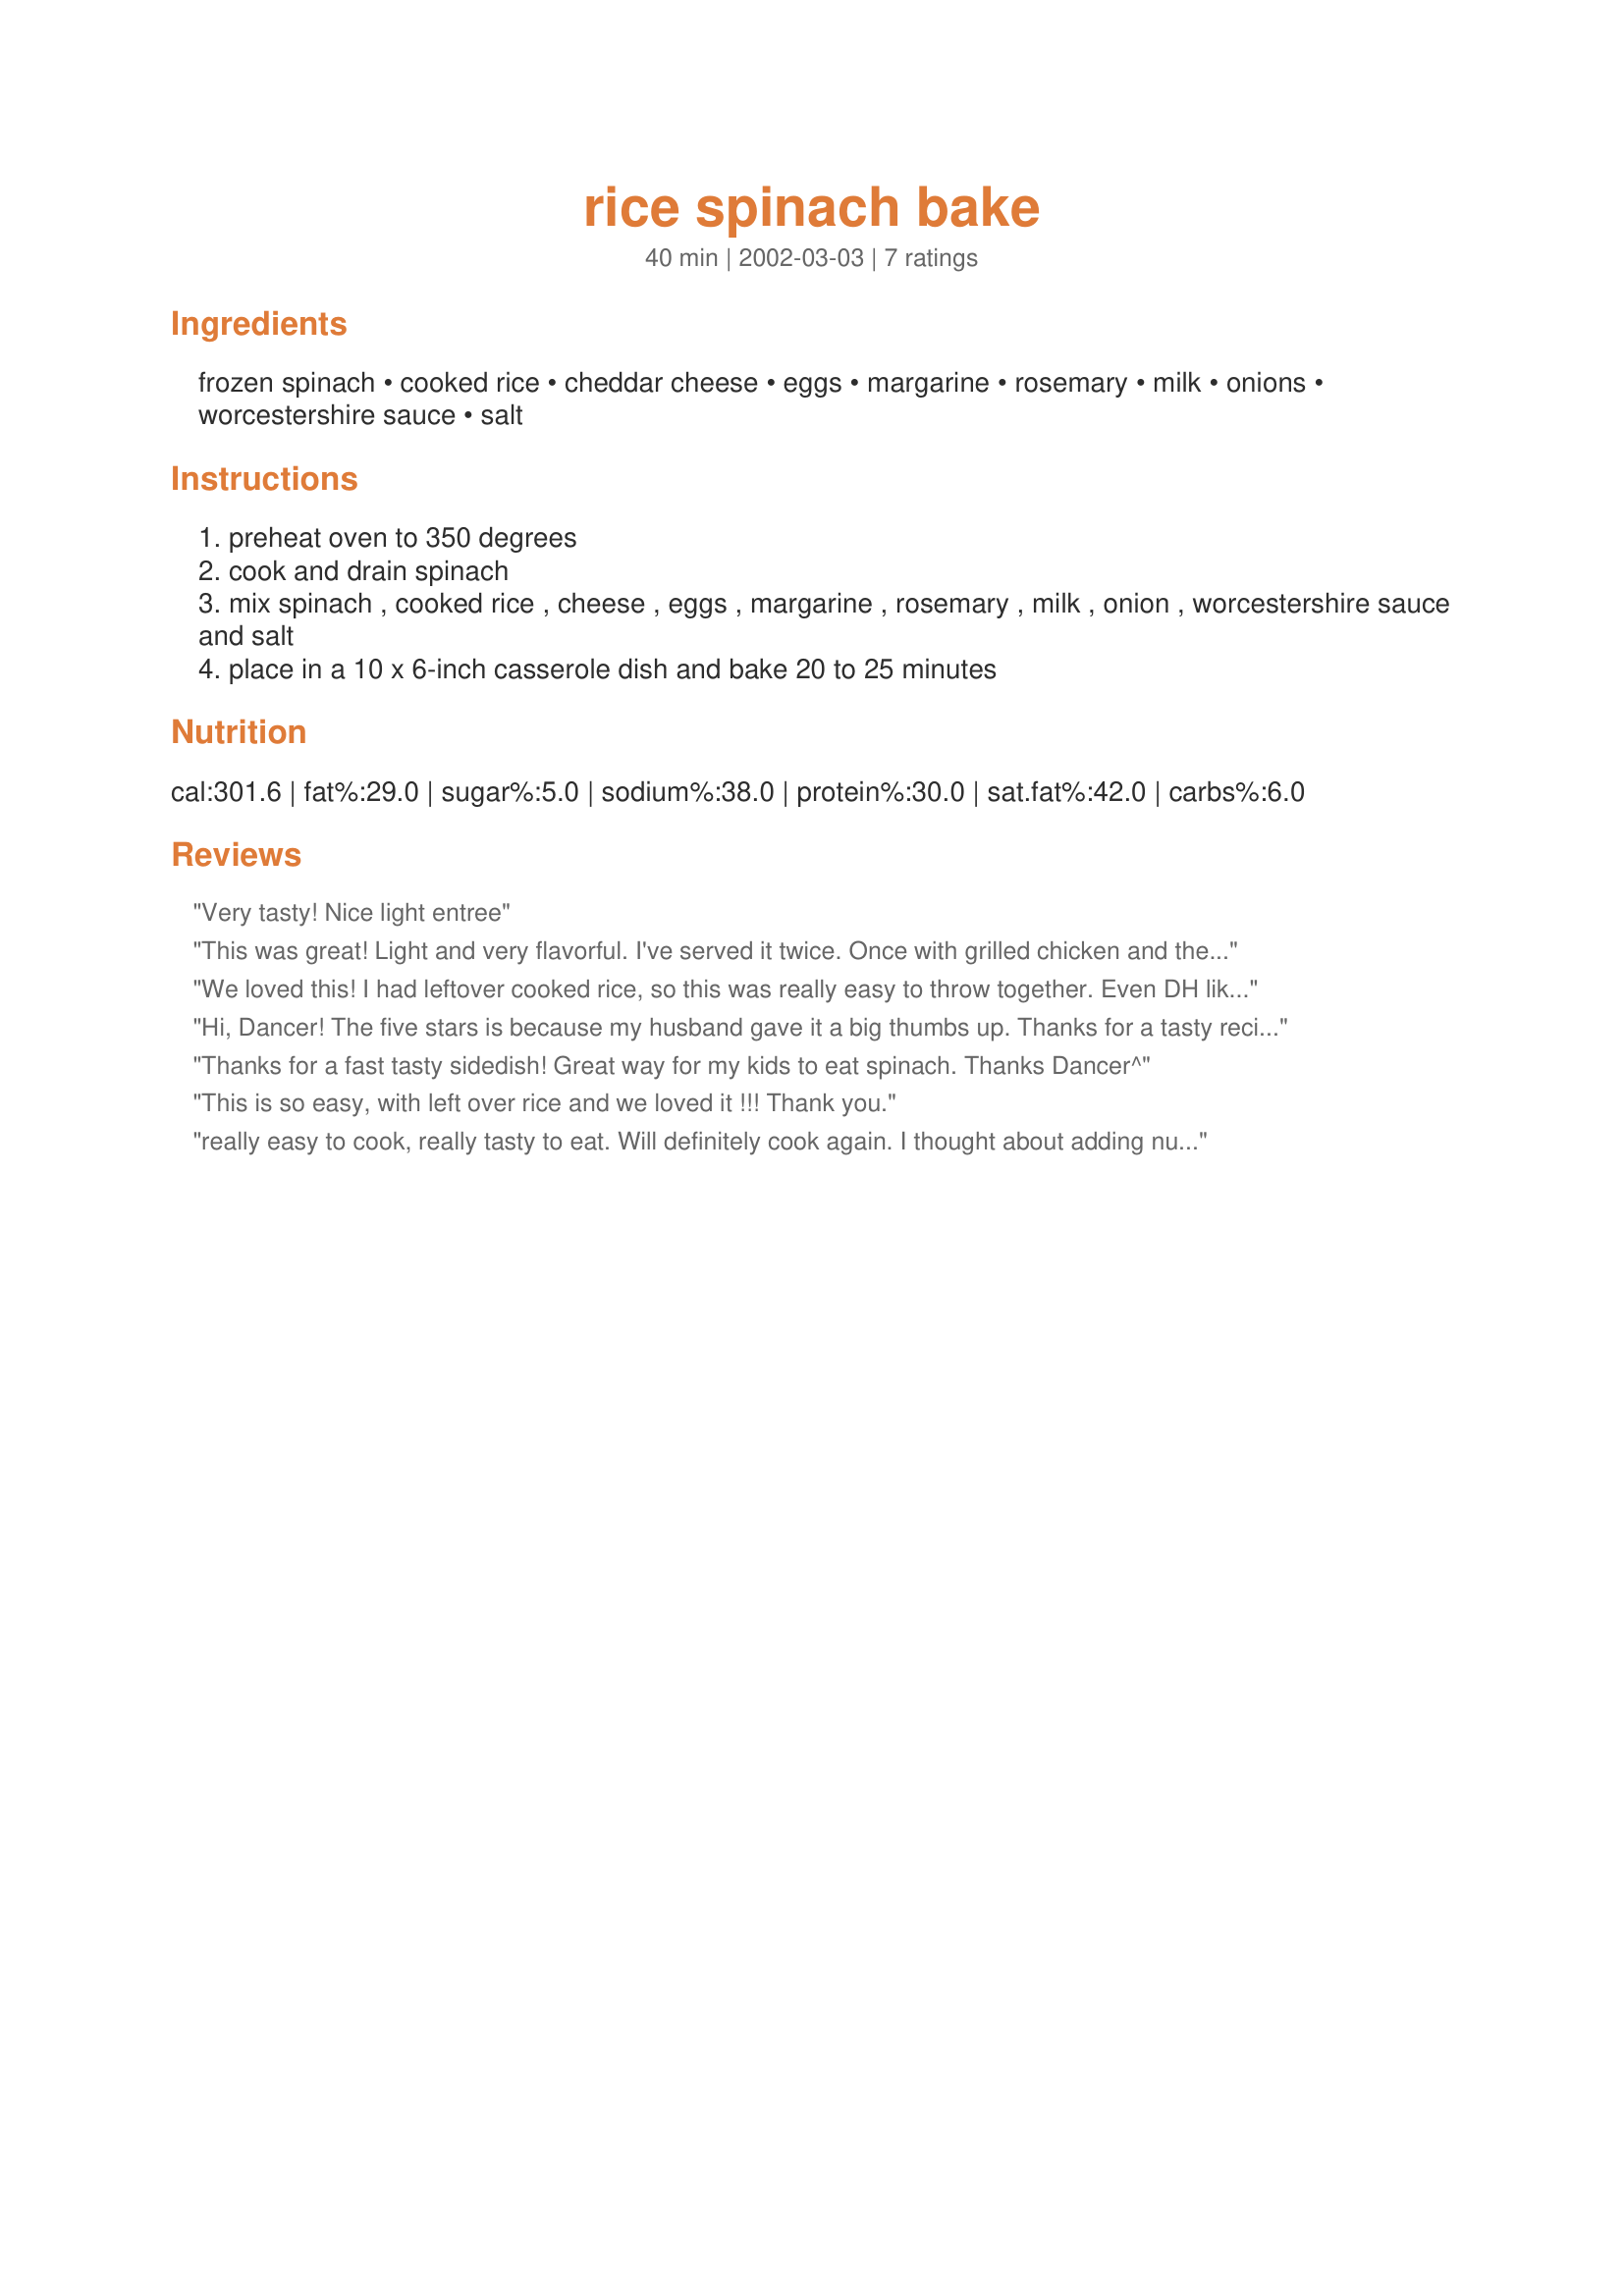
rice spinach bake
Preparation time: 40 minutes

Ingredients:
frozen spinach, cooked rice, cheddar cheese, eggs, margarine, rosemary, milk, onions, worcestershire sauce, salt

Steps:
preheat oven to 350 degrees
cook and drain spinach
mix spinach , cooked rice , cheese , eggs , margarine , rosemary , milk , onion , worcestershire sauce and salt
place in a 10 x 6-inch casserole dish and bake 20 to 25 minutes

Reviews:
Very tasty! Nice light entree
This was great! Light and very flavorful. I've served it twice. Once with grilled chicken and the other time with a pork roast. Easy to put together.
Yummy!
We loved this! I had leftover cooked rice, so this was really easy to throw together. Even DH liked it. Thanks.
Hi, Dancer! The five stars is because my husband gave it a big thumbs up. Thanks for a tasty recipe! M.Joan
Thanks for a fast tasty sidedish! Great way for my kids to eat spinach. Thanks Dancer^
This is so easy, with left over rice and we loved it !!! Thank you.
really easy to cook, really tasty to eat. Will definitely cook again. I thought about adding nutmeg but it didn't need anything added, honestly.
